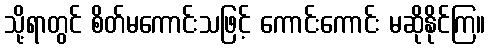
သို့ရာတွင် စိတ်မကောင်းသဖြင့် ကောင်းကောင်း မဆိုနိုင်ကြ။